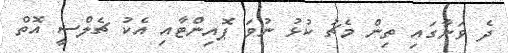
ދެ ވަނާގައި ތިން މެޗު ކުޅު ނުވަ ޕޮއިންޓާއި އެކު ޗެލްސީ އޮތް